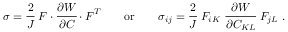
{ \boldsymbol { \sigma } } = { \cfrac { 2 } { J } } ~ { \boldsymbol { F } } \cdot { \cfrac { \partial W } { \partial { \boldsymbol { C } } } } \cdot { \boldsymbol { F } } ^ { T } \qquad { \mathrm { o r } } \qquad \sigma _ { i j } = { \cfrac { 2 } { J } } ~ F _ { i K } ~ { \cfrac { \partial W } { \partial C _ { K L } } } ~ F _ { j L } ~ .